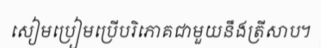
សៀមប្រៀមប្រើបរិភោគជាមួយនឹងត្រីសាប។